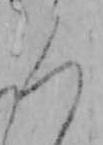
ろ